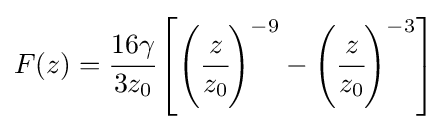
F(z)={\cfrac {16\gamma }{3z_{0}}}\left[\left({\cfrac {z}{z_{0}}}\right)^{-9}-\left({\cfrac {z}{z_{0}}}\right)^{-3}\right]